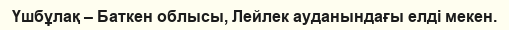
Үшбұлақ – Баткен облысы, Лейлек ауданындағы елді мекен.